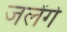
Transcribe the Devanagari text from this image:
जलेंगे